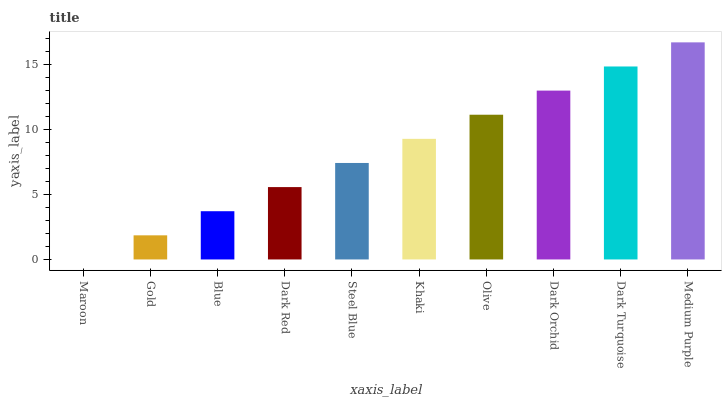
| xaxis_label | bars |
 | --- | --- |
 | Maroon | 0 |
 | Gold | 1.86 |
 | Blue | 3.71 |
 | Dark Red | 5.57 |
 | Steel Blue | 7.43 |
 | Khaki | 9.29 |
 | Olive | 11.1 |
 | Dark Orchid | 13 |
 | Dark Turquoise | 14.9 |
 | Medium Purple | 16.7 |